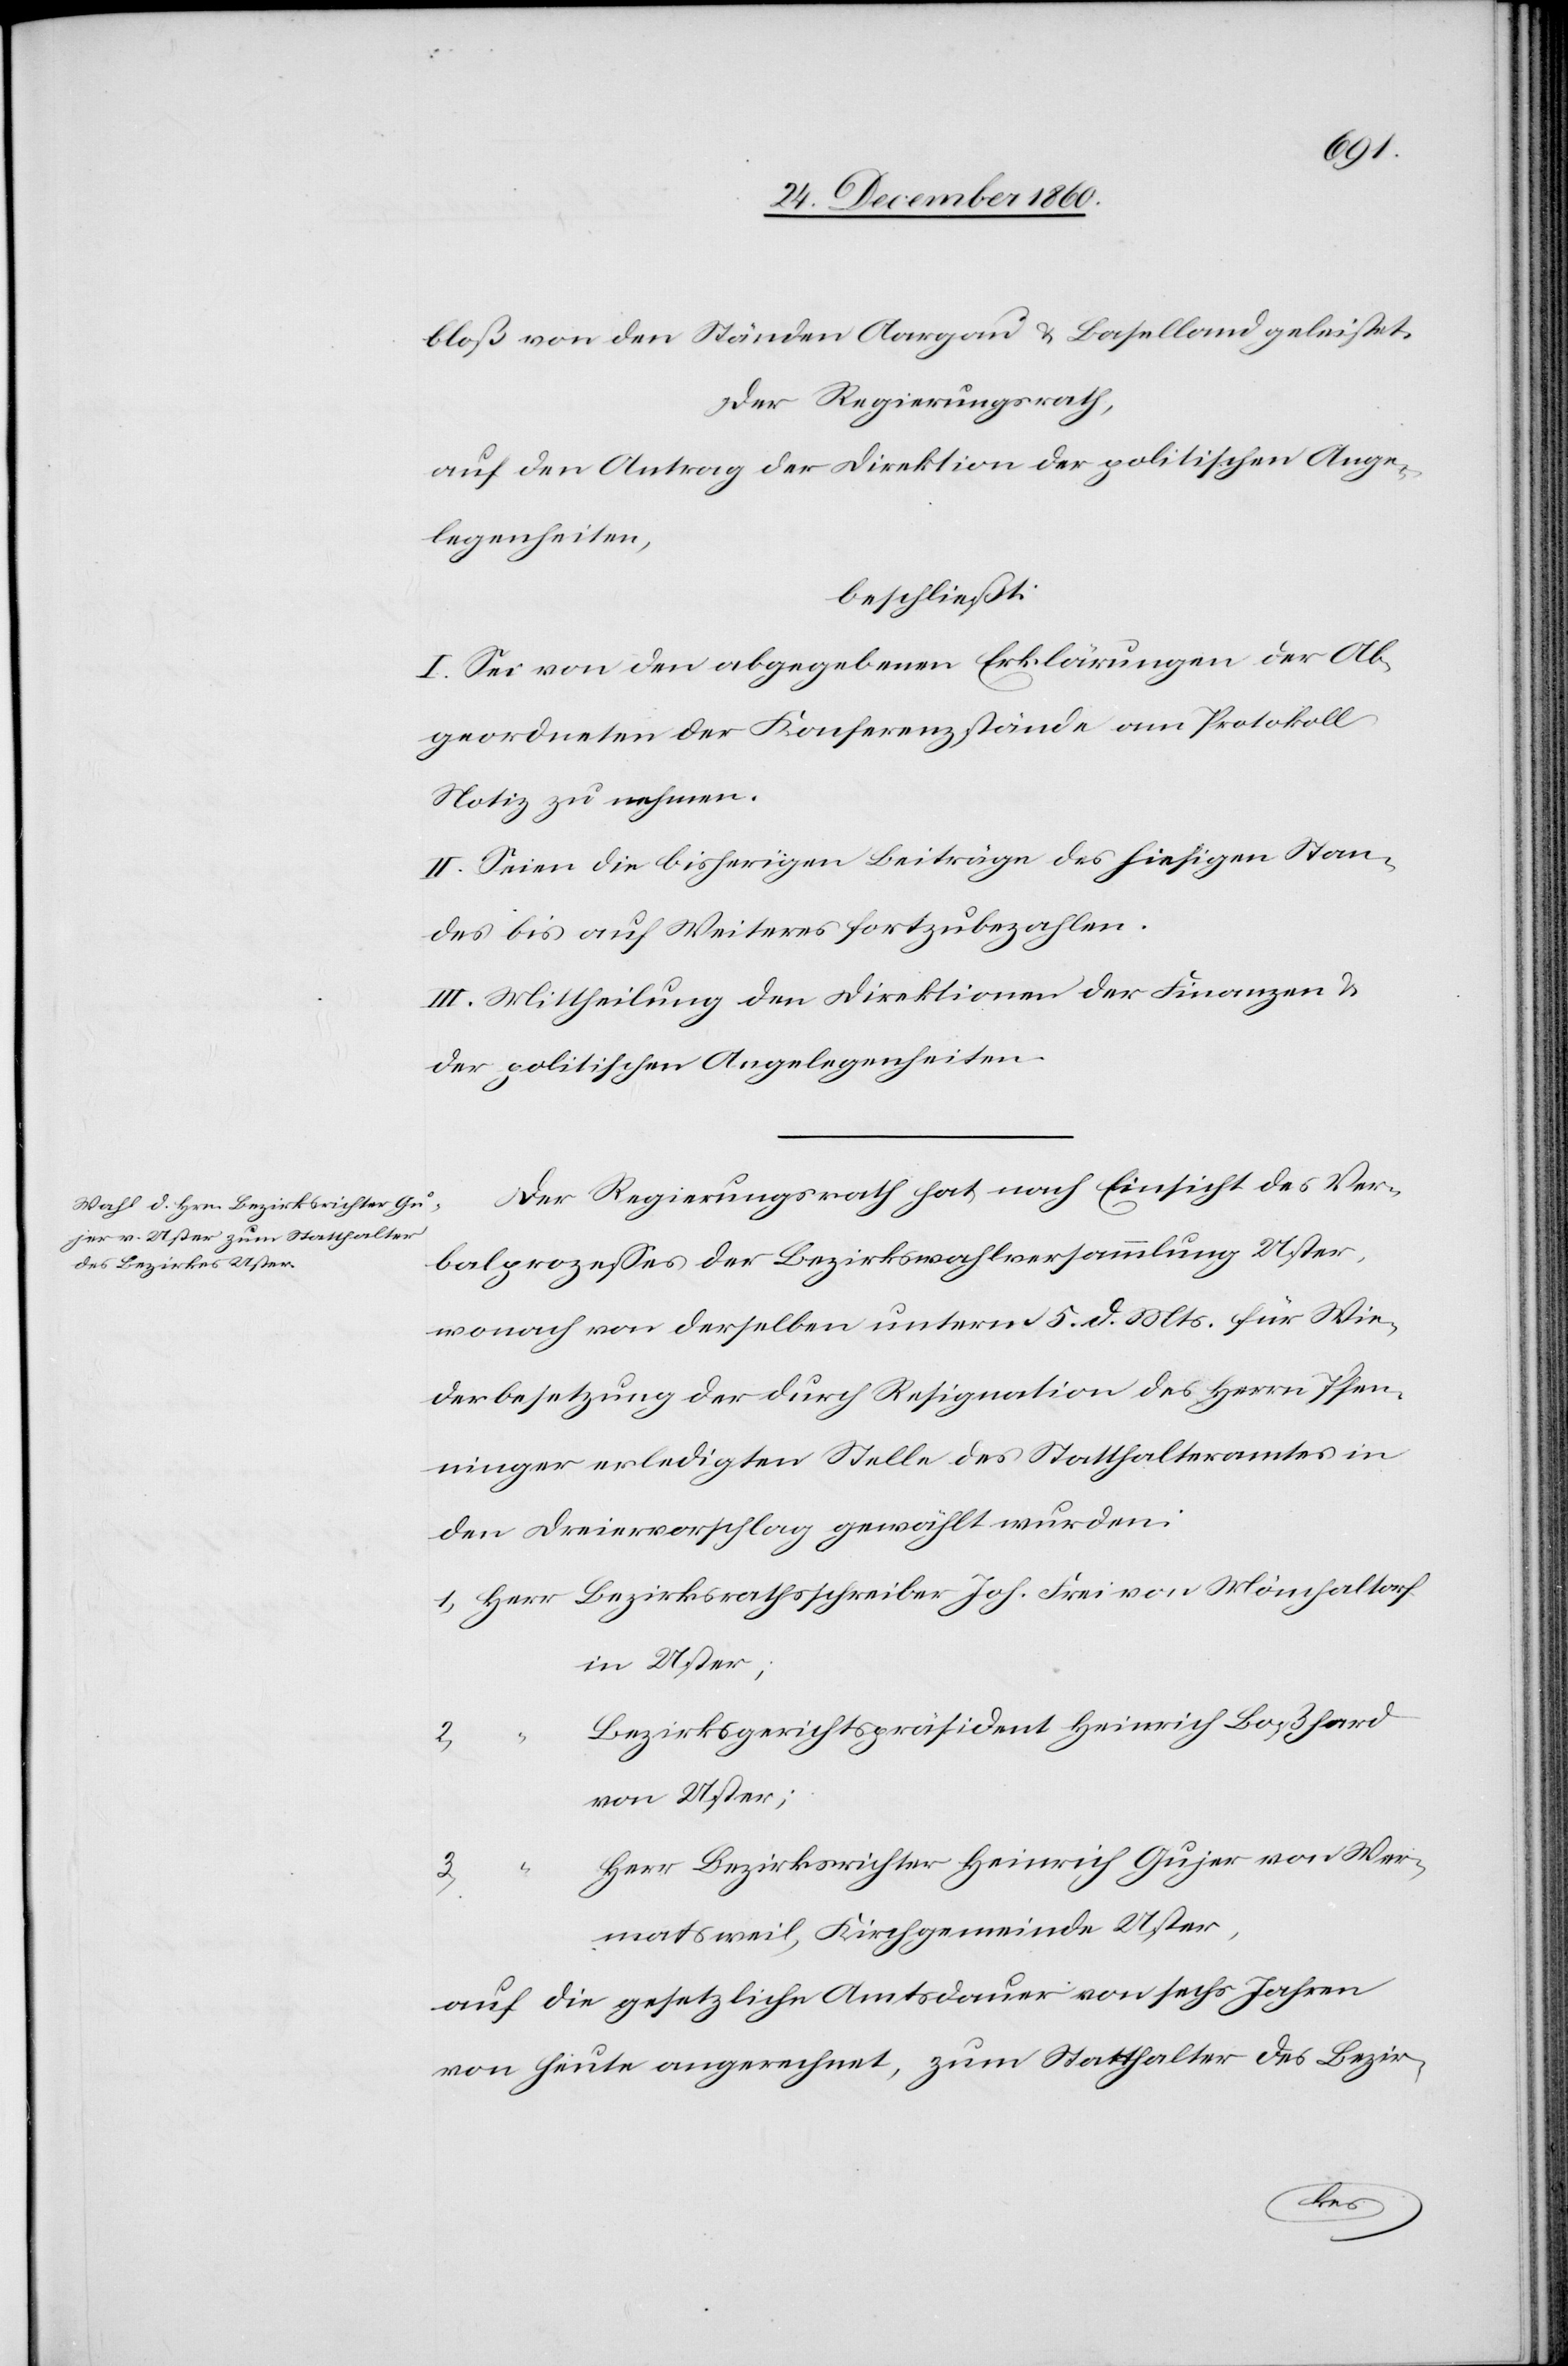
bloß von den Ständen Aargau . Baselland geleistet.
Der Regierungsrath,
auf den Antrag der Direktion der politischen Ange¬
legenheiten,
beschließt:
I. Sei von den abgegebenen Erklärungen der Ab¬
geordneten der Konferenzstände am Protokoll
Notiz zu nehmen.
II. Seien die bisherigen Beiträge des hiesigen Stan¬
des bis auf Weiteres fortzubezahlen.
II. Mittheilung den Direktionen der Finanzen u.
der politischen Angelegenheiten.
Der Regierungsrath hat nach Einsicht des Ver¬
balprozesses der Bezirkswahlversammlung Uster,
wonach von derselben unterm 5. d. Mts. für Wie¬
derbesetzung der durch Resignation des Herrn Pfen¬
ninger erledigten Stelle des Statthalteramtes in
den Dreiervorschlag gewählt wurden:
in Uster;
Bezirksgerichtspräsident Heinrich Boßhard
2.
von Uster;
Herr Bezirksrichter Heinrich Gujer von Wer¬
3.
matsweil, Kirchgemeinde Uster,
auf die gesetzliche Amtsdauer von sechs Jahren
von heute angerechnet, zum Statthalter des Bezir-
von